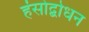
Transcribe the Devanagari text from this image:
हंसोद्बोधन